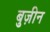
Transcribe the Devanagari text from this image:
बुज़ीन